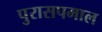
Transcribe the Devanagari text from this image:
पुरासपमाल